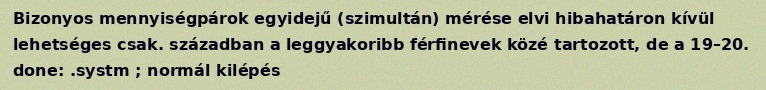
Bizonyos mennyiségpárok egyidejű (szimultán) mérése elvi hibahatáron kívül lehetséges csak. században a leggyakoribb férfinevek közé tartozott, de a 19–20. done: .systm ; normál kilépés